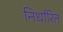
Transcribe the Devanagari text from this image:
निर्धारित